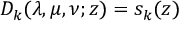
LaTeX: D _ { k } ( \lambda , \mu , \nu ; z ) = s _ { k } ( z )